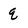
Character: q